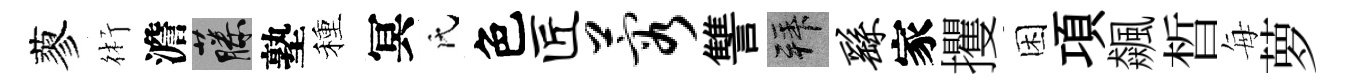
蓼術澹藤塾種冥氏色匠蓉讐拜繇家攫困項飆晳每萝